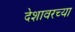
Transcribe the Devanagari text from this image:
देशावरच्या